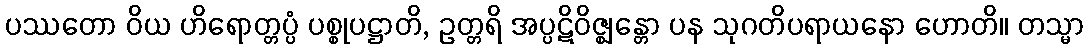
ပဿတော ဝိယ ဟိရောတ္တပ္ပံ ပစ္စုပဋ္ဌာတိ, ဥတ္တရိ အပ္ပဋိဝိဇ္ဈန္တော ပန သုဂတိပရာယနော ဟောတိ။ တသ္မာ